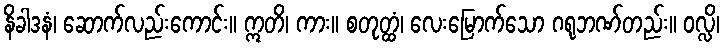
နိခါဒနံ၊ ဆောက်လည်းကောင်း။ ဣတိ၊ ကား။ စတုတ္ထံ၊ လေးမြောက်သော ဂရုဘဏ်တည်း။ ဝလ္လိ၊